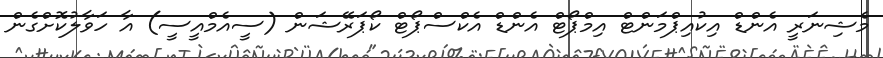
މެޝިނަރީ އެންޑް އިކުއިޕްމަންޓް އިމްޕޯޓް އެންޑް އެކްސްޕޯޓް ކޯޕަރޭޝަން (ސީއެމްއީސީ) އާ ހަވާލުކޮށްގެން